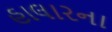
હાલારના